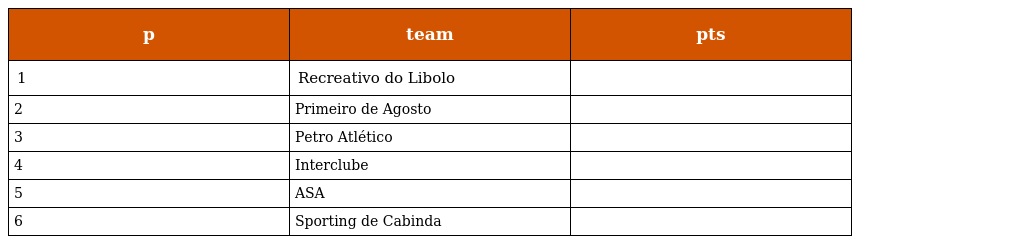
| p | team | pts |
 | --- | --- | --- |
 | 1 | Recreativo do Libolo |  |
 | 2 | Primeiro de Agosto |  |
 | 3 | Petro Atlético |  |
 | 4 | Interclube |  |
 | 5 | ASA |  |
 | 6 | Sporting de Cabinda |  |